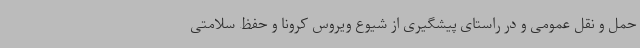
حمل و نقل عمومی و در راستای پیشگیری از شیوع ویروس کرونا و حفظ سلامتی